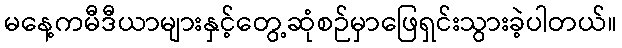
မနေ့ကမီဒီယာများနှင့်တွေ့ဆုံစဉ်မှာဖြေရှင်းသွားခဲ့ပါတယ်။